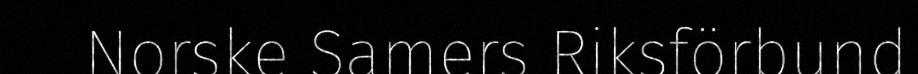
Norske Samers Riksförbund